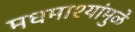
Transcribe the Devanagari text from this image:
मधमाश्यांमुळे